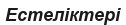
Естеліктері